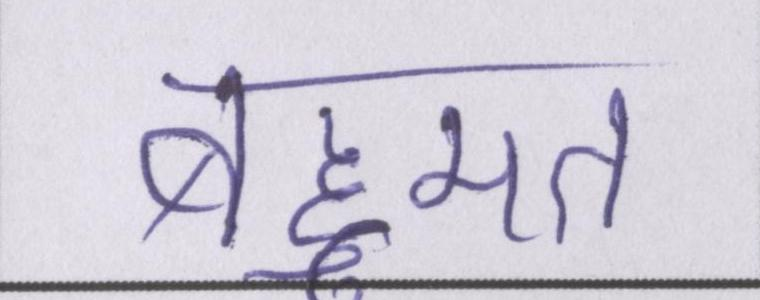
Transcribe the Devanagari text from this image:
बहूमत